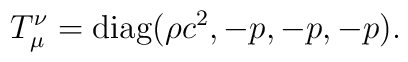
T_\mu^\nu={\rm diag}(\rho c^2, -p, -p, -p).